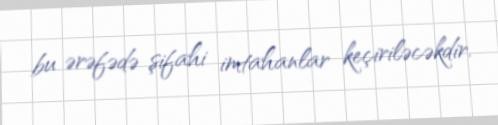
bu ərəfədə şifahi imtahanlar keçiriləcəkdir.